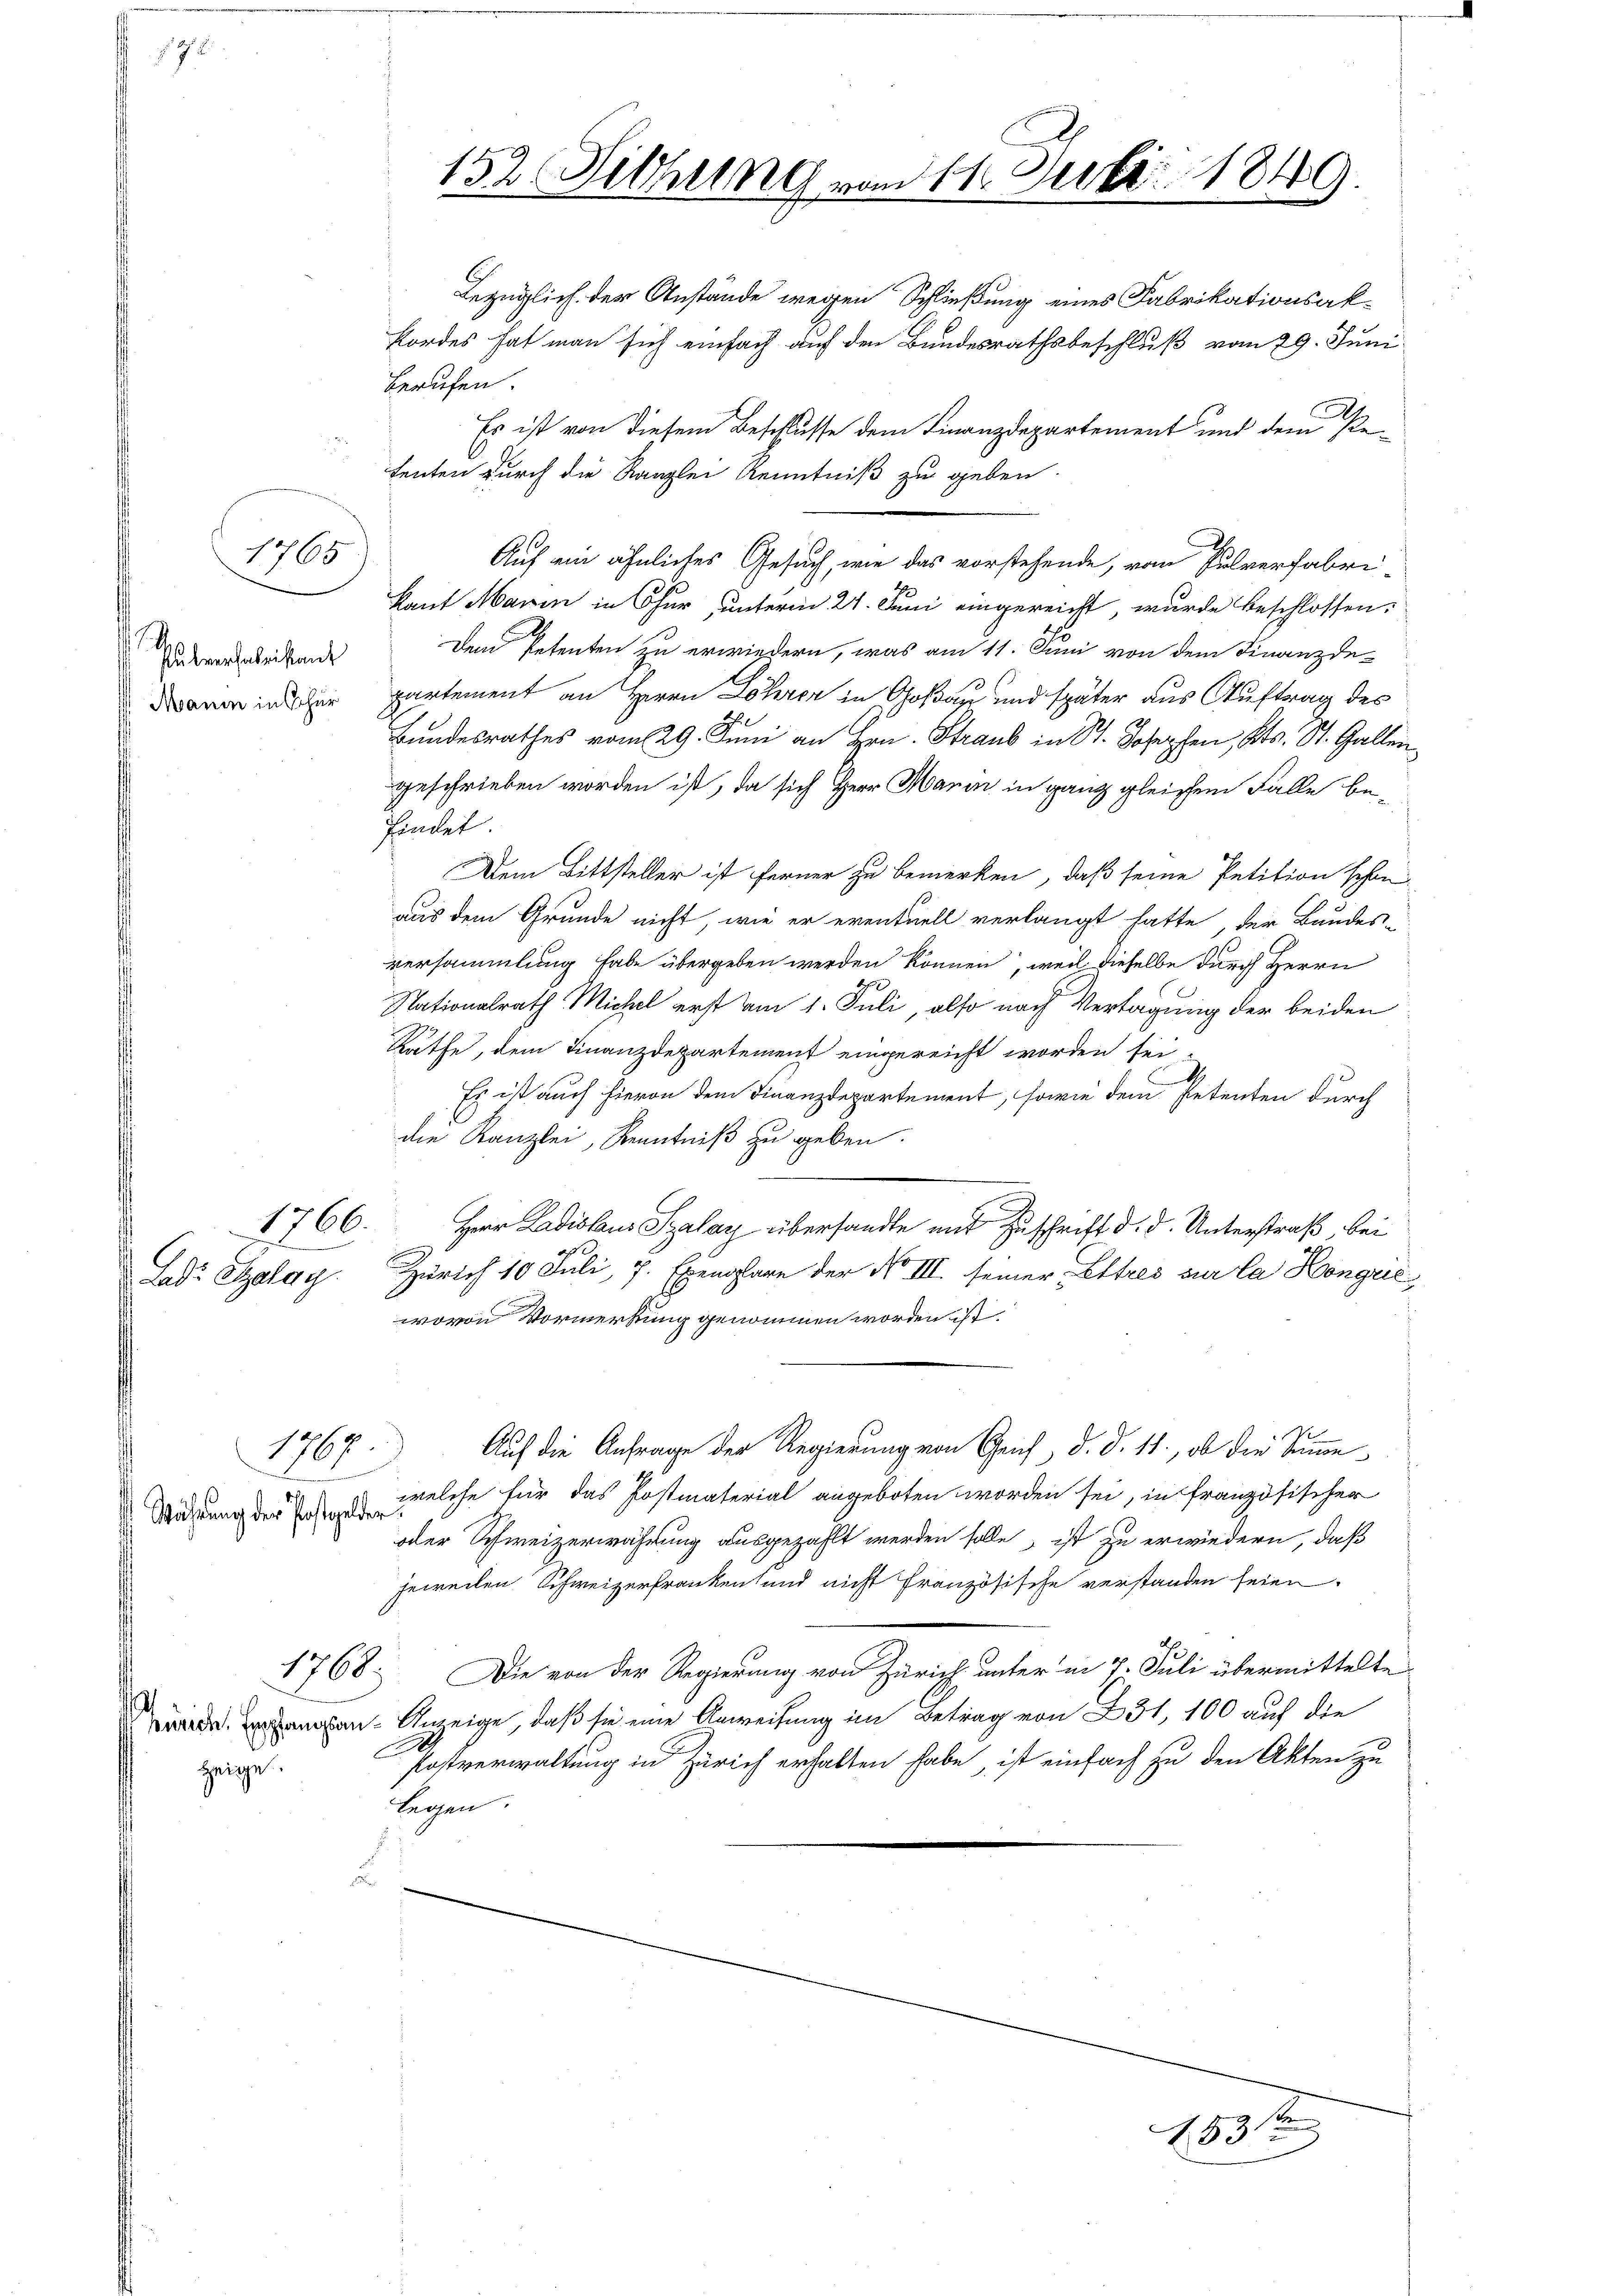
Habverthalerikant
Mann in schür

1765

Lad. Solay

Stählung der Postgelde

1766.

1767

Zürich. Empfangsanzeige.

152 Sitzung vom 11. Juli 1849

Bezüglich der Anstände wegen Schließung eines Fabrikationsak¬
Fordes hat man sich einfach auf den Bundesrathsbeschluß vom 29. Juni.
berufen.
Es ist von diesem Beschlusse dem Finanzdepartement und dem e
tenten durch die Kanzlei Kenntniß zu geben.
Auf ein ähnliches Gesuch, wie das vorstehende, vom Pulverfabri-
kant Marin in Chur unterm 21. Juni eingereicht, wurde beschlossen.
Dem Petenten zu erwiedern, was am 11. Juni von dem Finanzde-
partement an Herrn Lohrer in Goßau und später aus Auftrag des
Bundesrathes vom 29. Juni an Hrn. Straub in St. Josephen, Kts. St. Gallen
geschrieben worden ist, da sich Herr Marin in ganz gleichem Falle befindet
Dem Bittsteller ist ferner zu bemerken, daß seine Petition schon
aus dem Grunde nicht, wie er eventuell verlangt hatte, der Bundes-
versammlung habe übergeben werden können, weil dieselbe durch Herrn
Nationalrath Michel erst am 1. Juli, also nach Vertagung der beiden
Rathe, dem Finanzdepartement eingereicht worden sei,
Es ist auch hievon dem Finanzdepartement, sowie dem Petenten durch
die Kanzlei, Kenntniß zu geben.
.
Herr Ladislaus Szalay übersandte mit Zuschrift d. d. Unterstraß, bei
Zürich 10 Juli, 7 Exemplare der No III. seiner Ettres sur la Höngrić,
wovon Vormerkung genommen worden ist.
Auf die Anfrage der Regierung von Gerich, d. d. 11., ob die Summe
welche für das Postmaterial angeboten worden sei, in französischer
5
oder Schweizerwahrung ausgezahlt werden solle, ist zu erwiedern, daß
jeweilen Schweizerfranken und nicht Französische verstanden seien.
1768. Die von der Regierung von Zürich unter in 7. Juli übermittelte
Anzeige, daß sie eine Anweisung im Betrag von 231, 100 auf die
Postverwaltung in Zürich erhalten habe, ist einfach zu den Akten zu
legen.

183

2